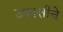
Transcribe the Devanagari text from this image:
उपपत्तीचे